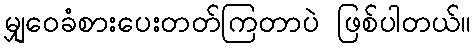
မျှဝေခံစားပေးတတ်ကြတာပဲ ဖြစ်ပါတယ်။